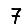
Digit: 7